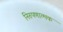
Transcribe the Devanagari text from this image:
निरुपणात्मक